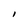
Character: I